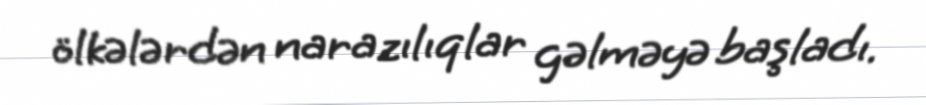
ölkələrdən narazılıqlar gəlməyə başladı.